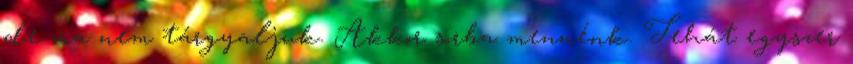
de ma nem tárgyaljuk. Akkor sorba mennénk. Tehát egyszer